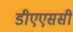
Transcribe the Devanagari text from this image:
डीएएससी